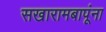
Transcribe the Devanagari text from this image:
सखारामबापूंना